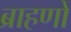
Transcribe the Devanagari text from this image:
ब्राहणों